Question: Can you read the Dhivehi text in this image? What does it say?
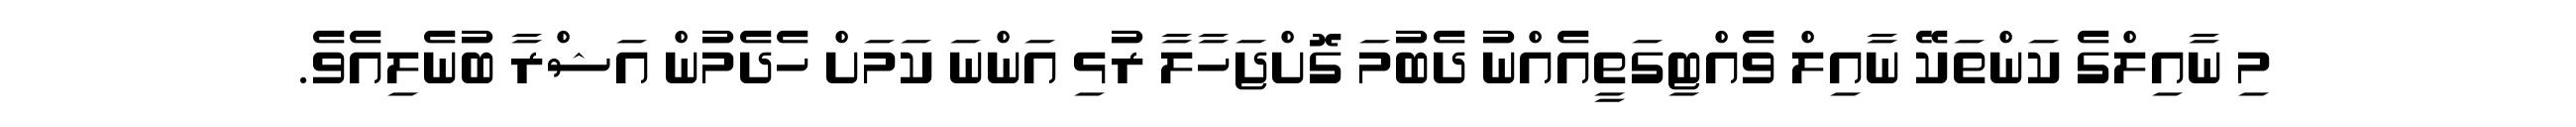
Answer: މި ނާއިލްގެ ކަންތަކޭ ނާއިލް ވެއްޓިގަތީއެއްނު ދެބުމަ ގޮށްޖަހާލާ ރުޅި އަންނަ ކަމަށް ހެދެމުން އަޝްރާ ބުނެލިއެވެ.